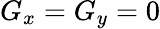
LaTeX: G_{x}=G_{y}=0